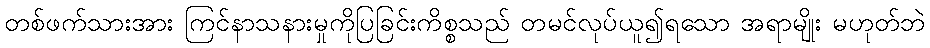
တစ်ဖက်သားအား ကြင်နာသနားမှုကိုပြခြင်းကိစ္စသည် တမင်လုပ်ယူ၍ရသော အရာမျိုး မဟုတ်ဘဲ